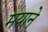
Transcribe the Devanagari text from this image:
मयाने